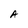
Character: A